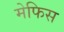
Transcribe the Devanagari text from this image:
मेफिस